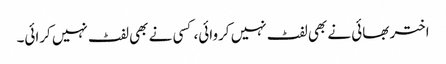
اختر بھائی نے بھی لفٹ نہیں کروائی، کسی نے بھی لفٹ نہیں کرائی۔